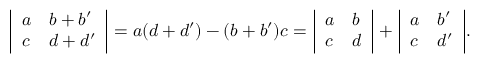
{ \left| \begin{array} { l l } { a } & { b + b ^ { \prime } } \\ { c } & { d + d ^ { \prime } } \end{array} \right| } = a ( d + d ^ { \prime } ) - ( b + b ^ { \prime } ) c = { \left| \begin{array} { l l } { a } & { b } \\ { c } & { d } \end{array} \right| } + { \left| \begin{array} { l l } { a } & { b ^ { \prime } } \\ { c } & { d ^ { \prime } } \end{array} \right| } .